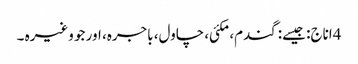
4اناج: جیسے: گندم، مکئی، چاول، باجرہ، اور جو وغیرہ ۔